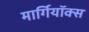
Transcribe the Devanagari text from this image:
मार्गियॉक्स